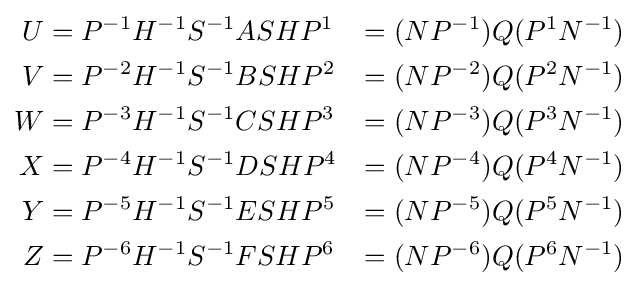
{\begin{aligned}U&=P^{-1}H^{-1}S^{-1}ASHP^{1}&=(NP^{-1})Q(P^{1}N^{-1})\\V&=P^{-2}H^{-1}S^{-1}BSHP^{2}&=(NP^{-2})Q(P^{2}N^{-1})\\W&=P^{-3}H^{-1}S^{-1}CSHP^{3}&=(NP^{-3})Q(P^{3}N^{-1})\\X&=P^{-4}H^{-1}S^{-1}DSHP^{4}&=(NP^{-4})Q(P^{4}N^{-1})\\Y&=P^{-5}H^{-1}S^{-1}ESHP^{5}&=(NP^{-5})Q(P^{5}N^{-1})\\Z&=P^{-6}H^{-1}S^{-1}FSHP^{6}&=(NP^{-6})Q(P^{6}N^{-1})\\\end{aligned}}